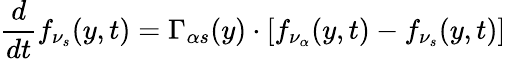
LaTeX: \frac{d}{dt}f_{\nu_{s}}(y,t)=\Gamma_{\alpha s}(y)\cdot\left[f_{\nu_{\alpha}}(y,t)-f_{\nu_{s}}(y,t)\right]